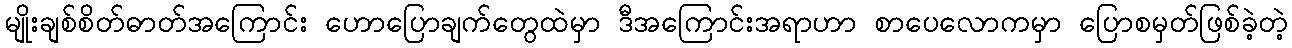
မျိုးချစ်စိတ်ဓာတ်အကြောင်း ဟောပြောချက်တွေထဲမှာ ဒီအကြောင်းအရာဟာ စာပေလောကမှာ ပြောစမှတ်ဖြစ်ခဲ့တဲ့